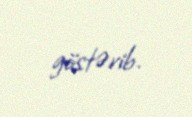
göstərib.